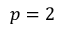
p = 2